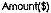
AMOUNT($)